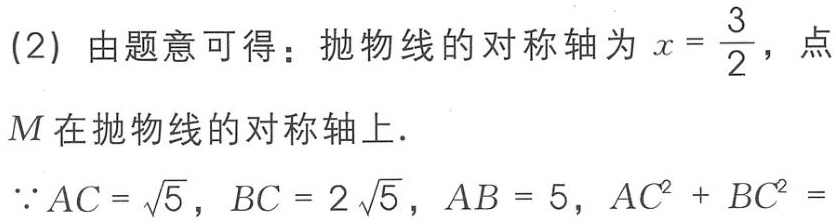
(2) 由题意可得：抛物线的对称轴为 \(x = \frac{3}{2}\)，点
\(M\) 在抛物线的对称轴上.
\(\because AC = \sqrt{5}\)，\(BC = 2\sqrt{5}\)，\(AB = 5\)，\(AC^{2}+BC^{2}=\)